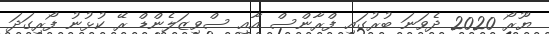
ޔޫރޯ 2020 ދެވަނަ ބުރުގައި ފްރާންސް އާއި ސްވިޒަލެންޑް ރޭ ކުޅުނު ފޯރިގަދަ